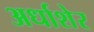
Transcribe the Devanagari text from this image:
अर्धाशेर